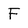
Character: F